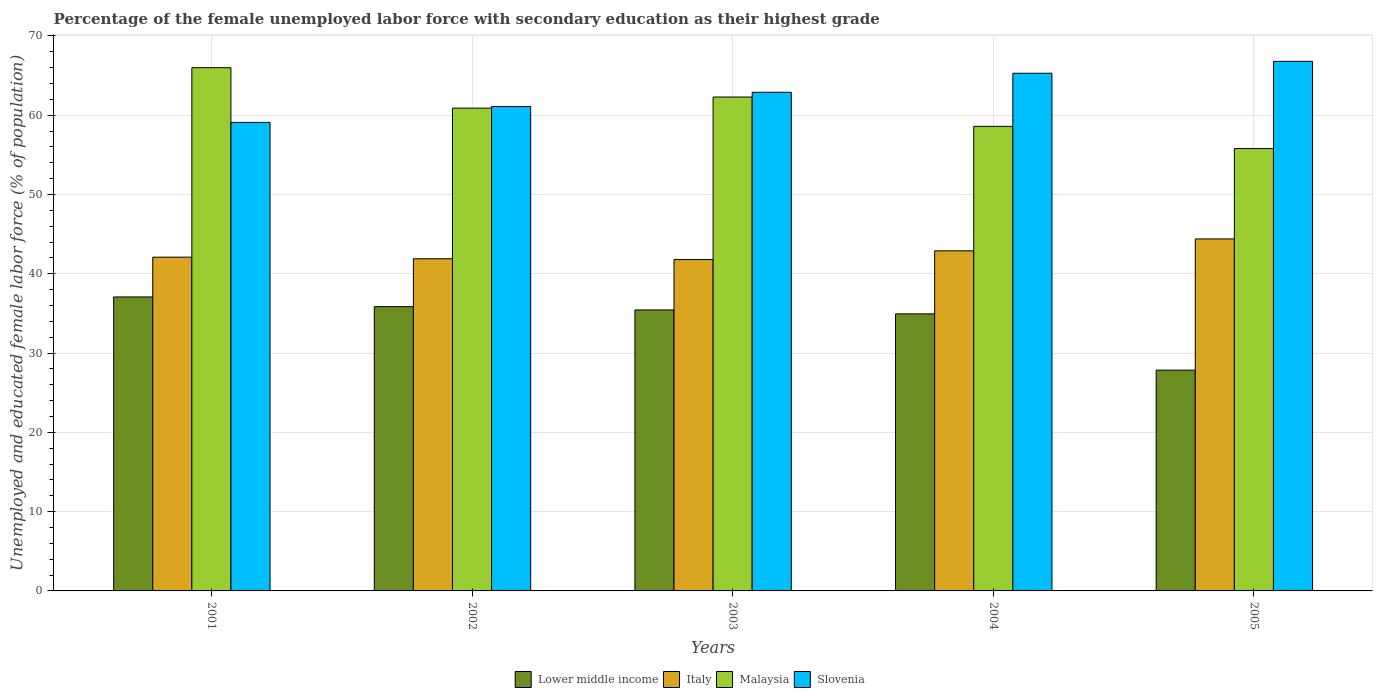
| Years | Lower middle income | Italy | Malaysia | Slovenia |
 | --- | --- | --- | --- | --- |
 | 2001 | 37.1 | 42.1 | 66 | 59.1 |
 | 2002 | 35.9 | 41.9 | 60.9 | 61.1 |
 | 2003 | 35.4 | 41.8 | 62.3 | 62.9 |
 | 2004 | 34.9 | 42.9 | 58.6 | 65.3 |
 | 2005 | 27.8 | 44.4 | 55.8 | 66.8 |